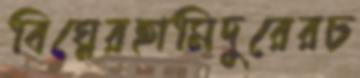
বিঘ্নেরহামিদুরেরচ